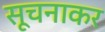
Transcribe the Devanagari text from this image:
सूचनाकर